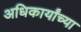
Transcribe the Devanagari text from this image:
अधिकार्यांच्या